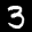
Label: 3